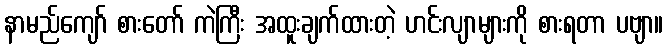
နာမည်ကျော် စားတော် ကဲကြီး အထူးချက်ထားတဲ့ ဟင်းလျာများကို စားရတာ ပဗျာ။